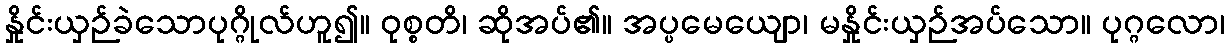
နှိုင်းယှဉ်ခဲသောပုဂ္ဂိုလ်ဟူ၍။ ဝုစ္စတိ၊ ဆိုအပ်၏။ အပ္ပမေယျော၊ မနှိုင်းယှဉ်အပ်သော။ ပုဂ္ဂလော၊